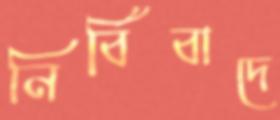
নির্বিবাদে